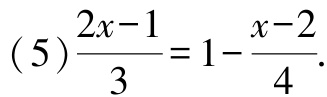
\((5)\frac{2x - 1}{3}=1-\frac{x - 2}{4}\)